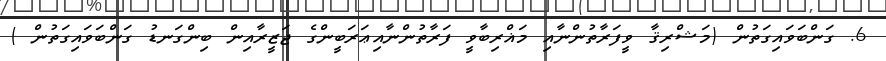
6. ގަންބަވައިގަތުން (މަޝްރިޤާ ވީފަރާތުންނާއި މަޣްރިބާވީ ފަރާތުންނާއިޢަރަބީންގެ ޖަޒީރާއިން ބިންގަނޑު ގަންބަވައިގަތުން )